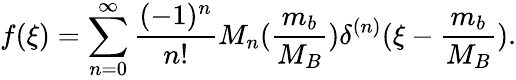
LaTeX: f(\xi)=\sum_{n=0}^{\infty}\frac{(-1)^{n}}{n!}M_{n}(\frac{m_{b}}{M_{B}})\delta^{(n)}(\xi-\frac{m_{b}}{M_{B}}).